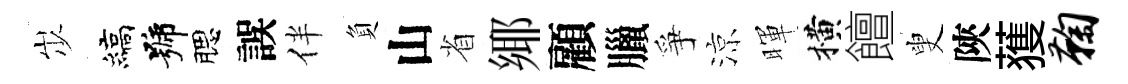
𡵯縞號腮誤伴負山省鄊顧臘爭涼暉横饘叟陝𫉬鞠